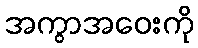
အကွာအဝေးကို